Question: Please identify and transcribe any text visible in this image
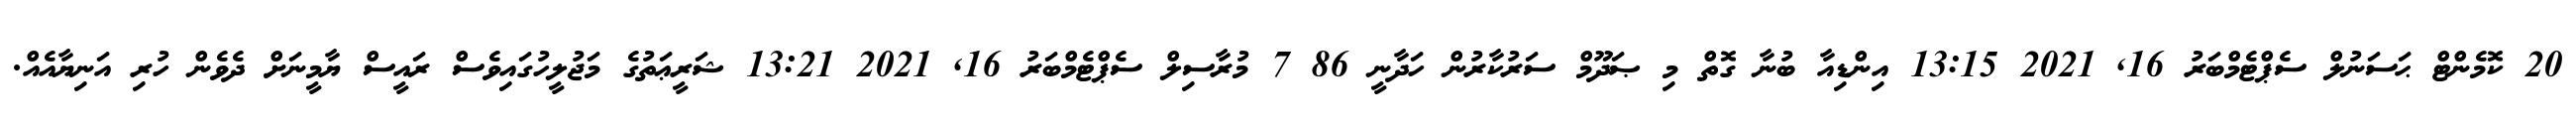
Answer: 20 ކޮމެންޓް ޙަސަނުލް ސެޕްޓެމްބަރު 16, 2021 13:15 އިންޑިއާ ބުނާ ގޮތް މި ޞަދޫމް ސަރުކާރުން ހަދާނީ 86 7 މުރާސިލް ސެޕްޓެމްބަރު 16, 2021 13:21 ޝަރީޢަތުގެ މަޖުލީހުގައިވެސް ރައީސް ޔާމީނަށް ދެވެން ހުރި އަނިޔާއެއް.